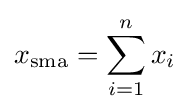
x_{\text{sma}}=\sum _{i=1}^{n}x_{i}